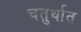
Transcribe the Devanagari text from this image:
चतुर्थात